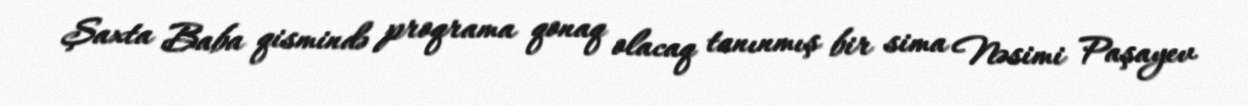
Şaxta Baba qismində proqrama qonaq olacaq tanınmış bir sima Nəsimi Paşayev